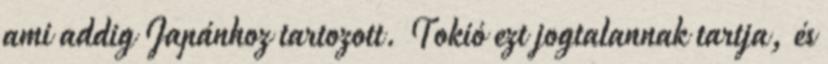
ami addig Japánhoz tartozott. Tokió ezt jogtalannak tartja, és